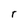
Character: r